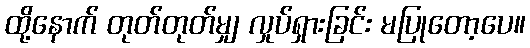
ထို့နောက် တုတ်တုတ်မျှ လှုပ်ရှားခြင်း မပြုတော့ပေ။